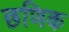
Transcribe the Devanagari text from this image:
छणिक